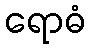
ရောဓံ